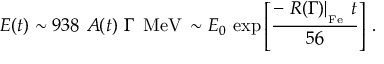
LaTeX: E ( t ) \sim 9 3 8 \, \, A ( t ) \, \, \Gamma \, \, \, \mathrm { M e V } \nonumber \, \sim E _ { 0 } \, \exp \left[ \frac { - \left. R ( \Gamma ) \right| _ { _ \mathrm { F e } } \, t } { 5 6 } \right] \, .